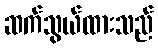
ဆက်သွယ်ထားသည်